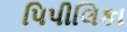
પિપીલિકા